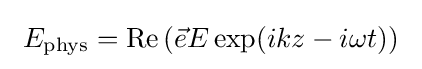
~E_{\rm {phys}}={\rm {Re}}\left({\vec {e}}E\exp(ikz-i\omega t)\right)~